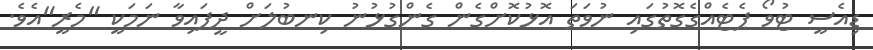
ޑިއެސީ ޓުވޯ ޕެޓެއްގެގޮތުގައި ނުވަތަ އޮޅުކޮށްގެން ގެންގުޅުނު ކިނބުލަށް ދީފައިވާ ނަމަކީ "މެރީ"އެވެ.